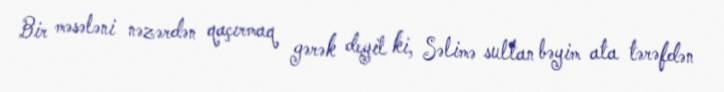
Bir məsələni nəzərdən qaçırmaq gərək deyil ki, Səlimə sultan bəyim ata tərəfdən